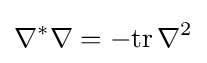
\nabla ^{*}\nabla =-{\text{tr}}\,\nabla ^{2}